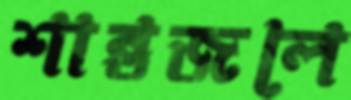
শান্তজলে